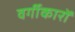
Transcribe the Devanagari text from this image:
वर्गीकारों